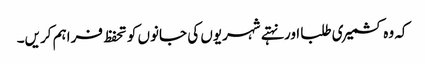
کہ وہ کشمیری طلبا اور نہتے شہریوں کی جانوں کو تحفظ فراہم کریں۔